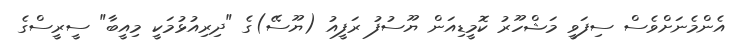
އެންމެނަށްވެސް ސިފަވީ މަޝްހޫރު ކޮމީޑިއަން ޔޫސުފު ރަފީއު (ޔޫސޭ)ގެ "ދިރިއުޅުމަކީ މިއީބާ" ސީރީސްގެ